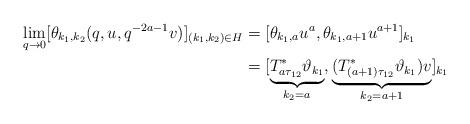
LaTeX: \begin{align*}\lim_{q\to 0}[\theta_{k_1,k_2}(q,u,q^{-2a-1}v)]_{(k_1,k_2)\in H}&=[\theta_{k_1,a}u^a,\theta_{k_1,a+1}u^{a+1}]_{k_1}\\&=[\underset{k_2=a}{\underbrace{T^*_{a\tau_{12}}\vartheta_{k_1}}},\underset{k_2=a+1}{\underbrace{(T^*_{(a+1)\tau_{12}}\vartheta_{k_1})v}}]_{k_1}\end{align*}